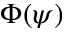
\Phi ( \psi )